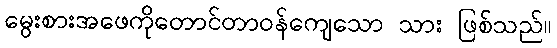
မွေးစားအဖေကိုတောင်တာဝန်ကျေသော သား ဖြစ်သည်။